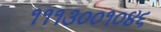
૧૧૧૩૦૦૧૦૪૬